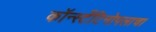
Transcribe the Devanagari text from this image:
कॉन्स्टँटिनोपलाचा